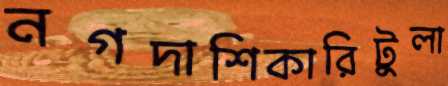
নগদাশিকারিটুলা